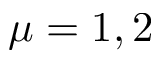
\mu = 1 , 2